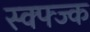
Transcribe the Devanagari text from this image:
स्क्फ्ज्क